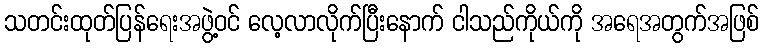
သတင်းထုတ်ပြန်ရေးအဖွဲ့ဝင် လေ့လာလိုက်ပြီးနောက် ငါသည်ကိုယ်ကို အရေအတွက်အဖြစ်